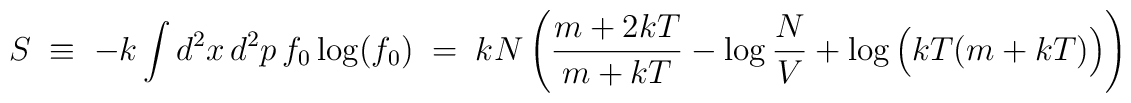
S \; \equiv \; -k  \int d^2x \, d^2p \, f_0 \log(f_0) \; =\; kN \left(  \frac{m + 2kT}{m + kT} - \log \frac{N}{V} + \log \Big( kT (m + kT) \Big)  \right)